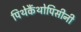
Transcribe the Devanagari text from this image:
पिथेकैंथोपिसीनी